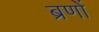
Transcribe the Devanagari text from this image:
ब्रणों